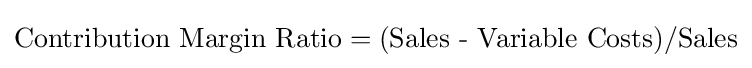
{\text{Contribution Margin Ratio}}=({\text{Sales - Variable Costs}})/{\text{Sales}}